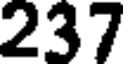
237